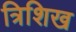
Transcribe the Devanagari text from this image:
त्रिशिख